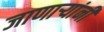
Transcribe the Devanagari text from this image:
जाणार्‍यांनी